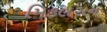
મિકલસન